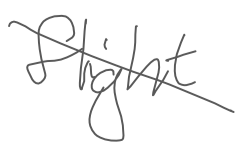
Text: flight
Cross-out: diagonal
Writing tool: digital_gray